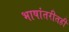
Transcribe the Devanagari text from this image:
भाषांतरीतही